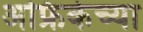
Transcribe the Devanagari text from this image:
अफ्रिकेच्या